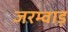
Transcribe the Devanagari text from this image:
जरम्वाड़